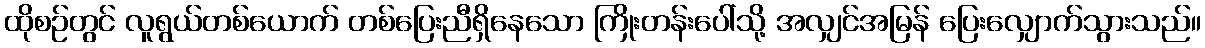
ထိုစဉ်တွင် လူရွယ်တစ်ယောက် တစ်ပြေးညီရှိနေသော ကြိုးတန်းပေါ်သို့ အလျှင်အမြန် ပြေးလျှောက်သွားသည်။